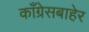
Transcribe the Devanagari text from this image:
काँग्रेसबाहेर